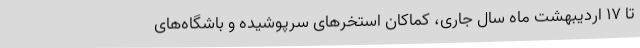
تا ۱۷ اردیبهشت ماه سال جاری، کماکان استخرهای سرپوشیده و باشگاه‌های